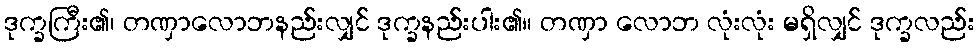
ဒုက္ခကြီး၏၊ တဏှာလောဘနည်းလျှင် ဒုက္ခနည်းပါး၏။ တဏှာ လောဘ လုံးလုံး မရှိလျှင် ဒုက္ခလည်း